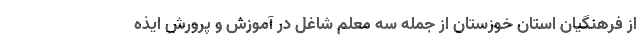
از فرهنگیان استان خوزستان از جمله سه معلم شاغل در آموزش و پرورش ایذه